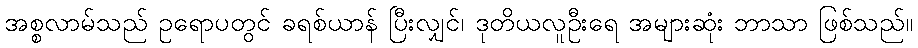
အစ္စလာမ်သည် ဥရောပတွင် ခရစ်ယာန် ပြီးလျှင်၊ ဒုတိယလူဦးရေ အများဆုံး ဘာသာ ဖြစ်သည်။